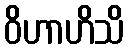
ဝိဟာဟိသိ